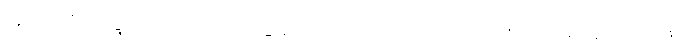
ဣတိ၊ သို့။ သဒ္ဒဘေဒတောပိ၊ သဒ္ဒါနည်းပျက်သောကြောင့်လည်း။ ဥပ္ပါဒမတ္တံ၊ သည်။ န